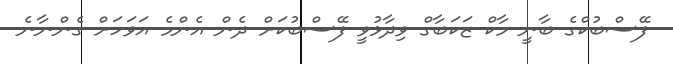
ފޭސްބުކްގެ ބާނީ މާކް ޒަކަބާގް ވިދާޅުވީ ފޭސްބުކަށް ދެން އެންމެ އަވަހަށް ގެންނާނެ